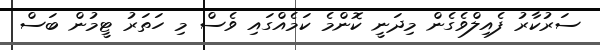
ސަރުކާރު ފެއިލްވެގެން މިދަނީ ކޮންމެ ކަމެއްގައި ވެސް މި ހަތަރު ޓީމުން ބަސް